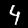
Digit: 4